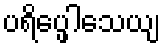
ပရိပ္ဖေါသေယျ